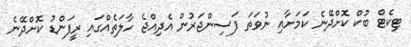
ޓިކެޓް ބުކް ކޮށްދޭނެ ކަމަށާއި ނުވަތަ ފަސިންޖަރުން އެދިއްޖެ ހާލަތެއްގައި ރީފަންޑު ކޮށްދޭނެ